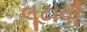
લૂટાવી